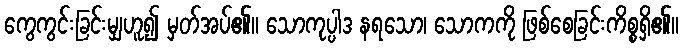
ကွေကွင်းခြင်းမျှဟူ၍ မှတ်အပ်၏။ သောကုပ္ပါဒ နရသော၊ သောကကို ဖြစ်စေခြင်းကိစ္စရှိ၏။